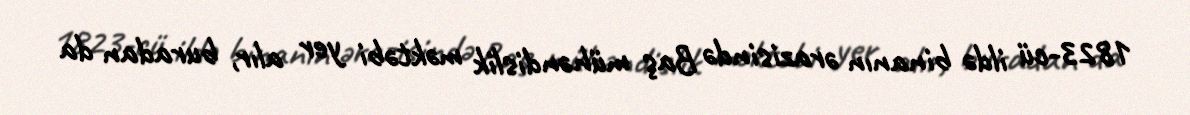
1823-cü ildə binanın ərazisində Baş mühəndislik məktəbi yer alır, buradan da